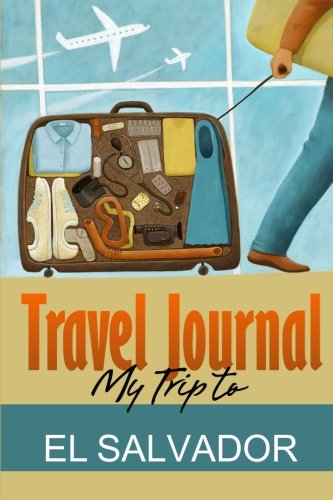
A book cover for Travel Journal: My Trip to El Salvador; Travel Diary; Travel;